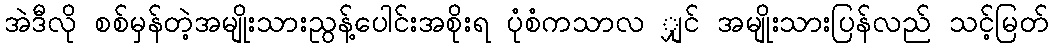
အဲဒီလို စစ်မှန်တဲ့အမျိုးသားညွန့်ပေါင်းအစိုးရ ပုံစံကသာလ ျှင် အမျိုးသားပြန်လည် သင့်မြတ်